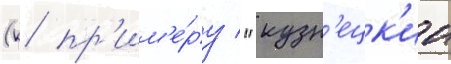
(к пр'им'е́ру / "кузн'ецк'ии